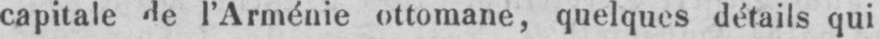
capitale de l’Arménie ottomane, quelques détails qui